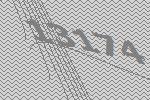
13174